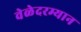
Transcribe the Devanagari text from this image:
वेळेदरम्यान